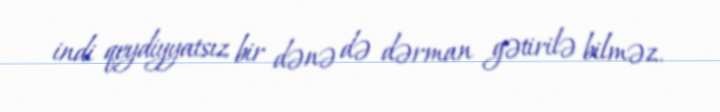
indi qeydiyyatsız bir dənə də dərman gətirilə bilməz.